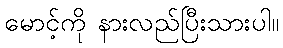
မောင့်ကို နားလည်ပြီးသားပါ။